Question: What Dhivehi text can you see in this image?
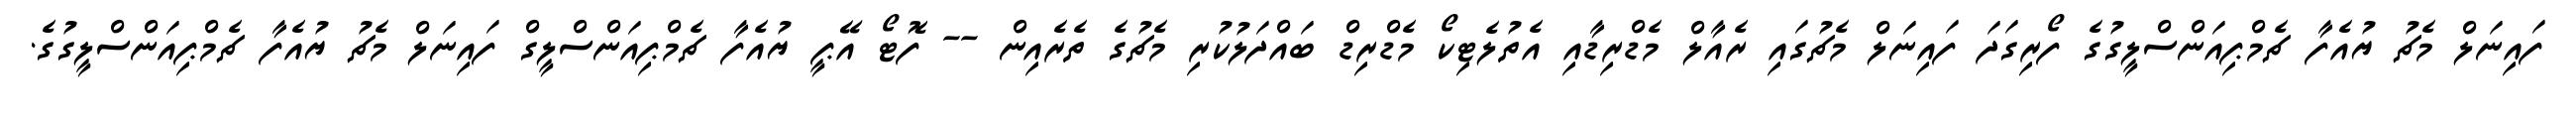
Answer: ފައިނަލް މެޗު ޔުއެފާ ޗެމްޕިއަންސްލީގުގެ ފޯރިގަދަ ފައިނަލް މެޗުގައި ރެއާލް މެޑްރިޑާއި އެތުލެޓިކޯ މެޑްރިޑް ބައްދަލުކުރި މެޗުގެ ތެރެއިން -- ފޮޓޯ އޭޕީ ޔުއެފާ ޗެމްޕިއަންސްލީގް ފައިނަލް މެޗު ޔުއެފާ ޗެމްޕިއަންސްލީގުގެ.